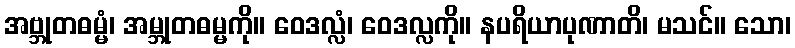
အဗ္ဘုတဓမ္မံ၊ အမ္ဘုတဓမ္မကို။ ဝေဒလ္လံ၊ ဝေဒလ္လကို။ နပရိယာပုဏာတိ၊ မသင်။ သော၊